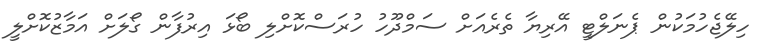
ހިލޭޖެހުމަކުން ޕެނަލްޓީ އޭރިޔާ ތެރެއަށް ސަމްދޫހު ހުރަސްކޮށްލި ބޯޅަ އިރުފާން ގޯލަށް އަމާޒުކޮށްލީ